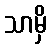
သာမှိ